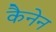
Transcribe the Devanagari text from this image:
कैनेन